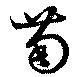
萄